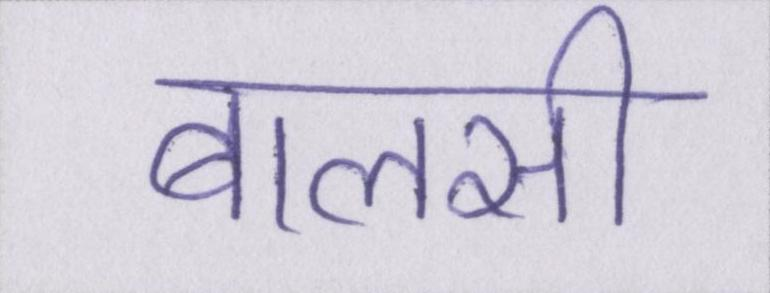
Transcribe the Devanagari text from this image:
बालसी